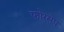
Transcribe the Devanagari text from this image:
फोरसेप